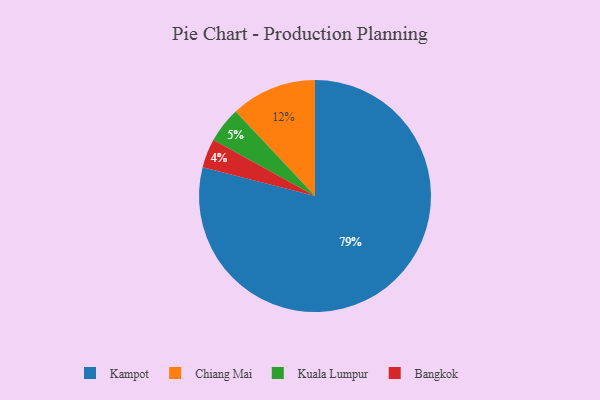
{"axis": {"x": "Category", "y": "Percentage"}, "legend": ["Bangkok", "Chiang Mai", "Kampot", "Kuala Lumpur"], "data": [{"x": "Kampot", "y": 79, "type": "Kampot"}, {"x": "Bangkok", "y": 4, "type": "Bangkok"}, {"x": "Chiang Mai", "y": 12, "type": "Chiang Mai"}, {"x": "Kuala Lumpur", "y": 5, "type": "Kuala Lumpur"}]}